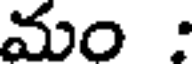
మం :